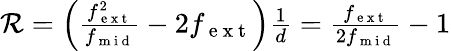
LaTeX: \begin{array}{r}{\mathcal{R}=\left(\frac{f_{\mathrm{~e~x~t~}}^{2}}{f_{\mathrm{~m~i~d~}}}-2f_{\mathrm{~e~x~t~}}\right)\frac{1}{d}=\frac{f_{\mathrm{~e~x~t~}}}{2f_{\mathrm{~m~i~d~}}}-1}\end{array}